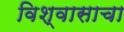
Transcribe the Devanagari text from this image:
विश्वासाचा